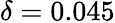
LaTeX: \delta=0.045